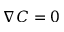
\nabla C = 0